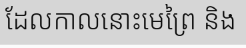
ដែលកាលនោះមេព្រៃ និង